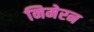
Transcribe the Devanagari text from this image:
निमेरन